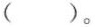
( ) 。